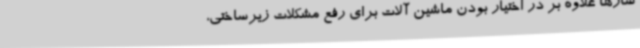
سازها علاوه بر در اختیار بودن ماشین آلات برای رفع مشکلات زیرساختی،